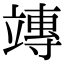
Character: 竱